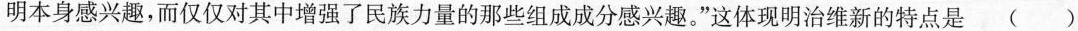
明本身感兴趣，而仅仅对其中增强了民族力量的那些组成成分感兴趣。”这体现明治维新的特点是( )